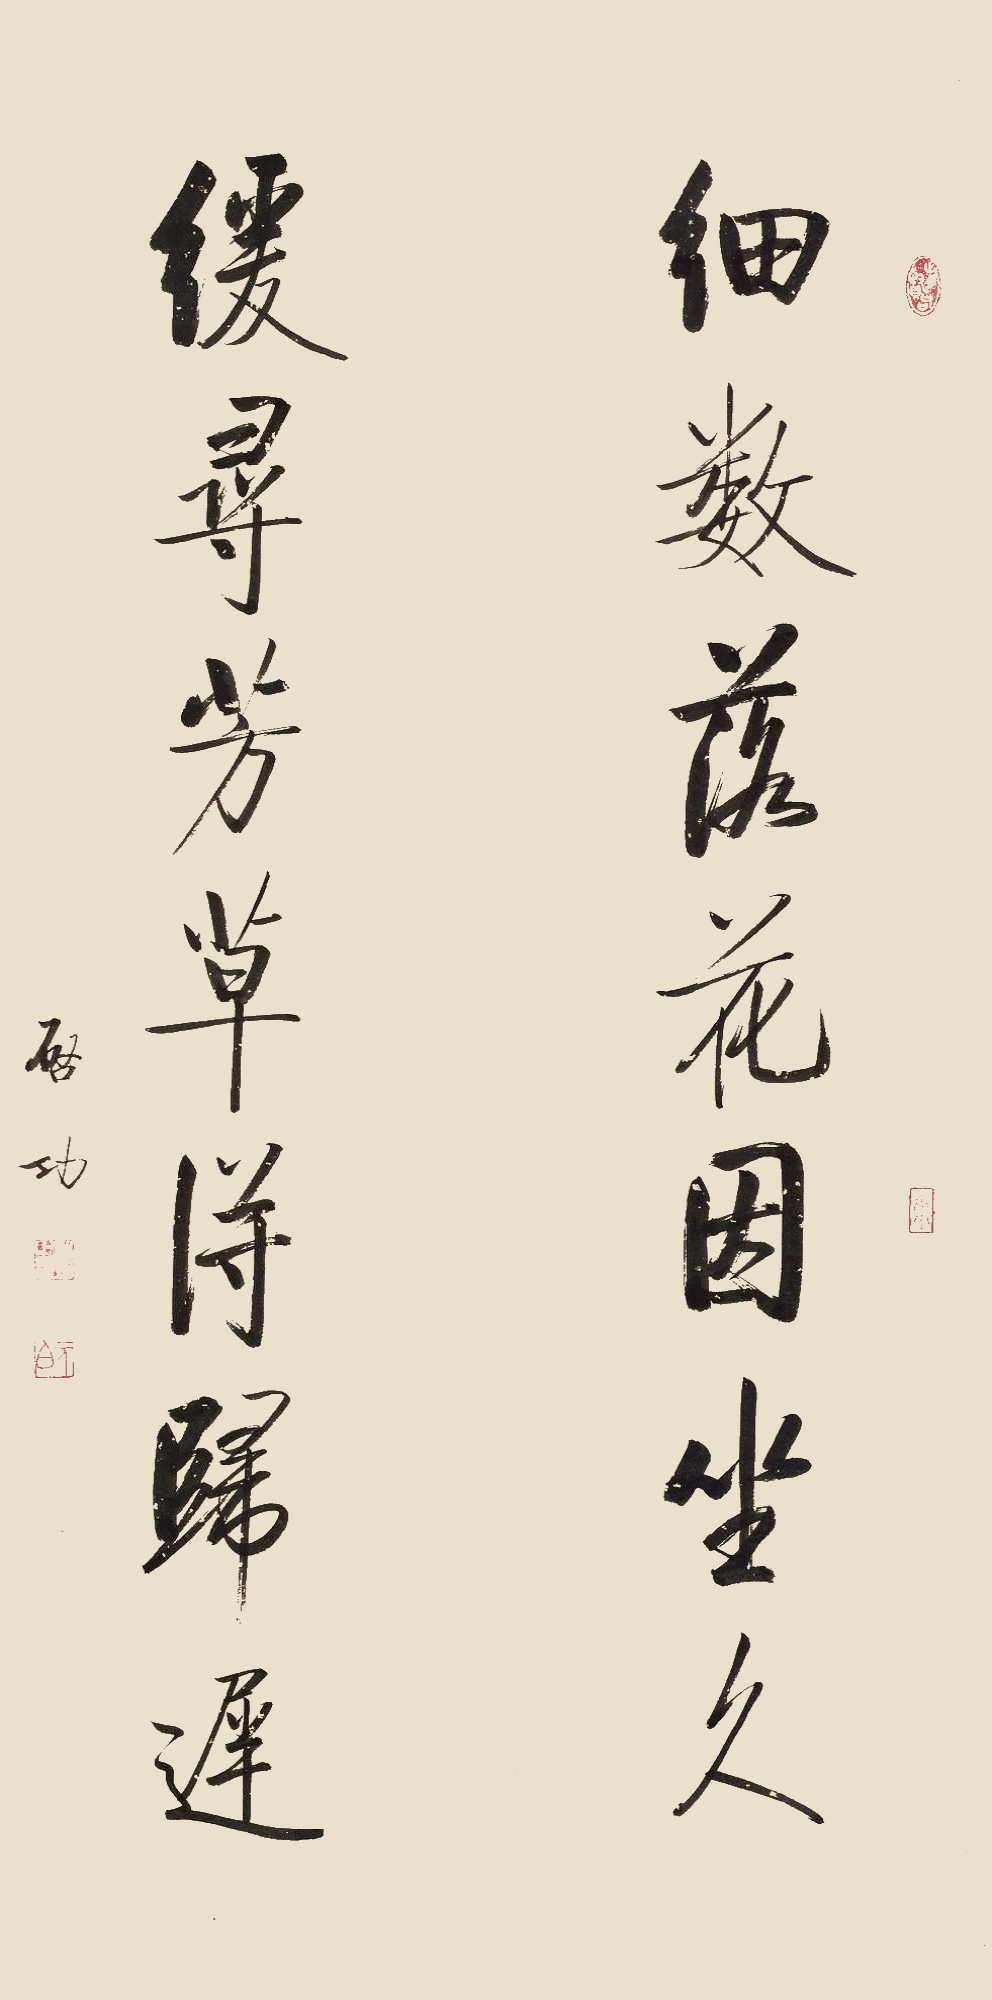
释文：细数落花因坐久，缓寻芳草得归迟。启功。